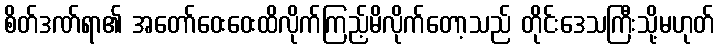
စိတ်ဒဏ်ရာ၏ အတော်ဝေးဝေးထိလိုက်ကြည့်မိလိုက်တော့သည် တိုင်းဒေသကြီးသို့မဟုတ်